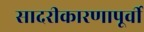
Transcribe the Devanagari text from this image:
सादरीकारणापूर्वी